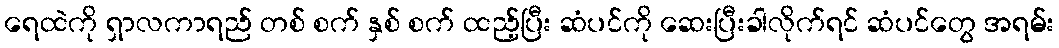
ရေထဲကို ရှာလကာရည် တစ် စက် နှစ် စက် ထည့်ပြီး ဆံပင်ကို ဆေးပြီးခါလိုက်ရင် ဆံပင်တွေ အရမ်း